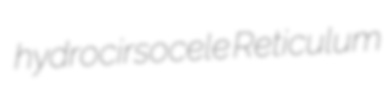
hydrocirsocele Reticulum